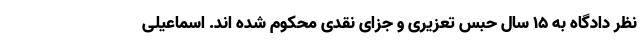
نظر دادگاه به ۱۵ سال حبس تعزیری و جزای نقدی محکوم شده اند. اسماعیلی